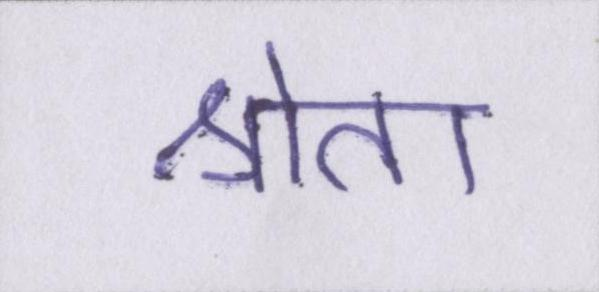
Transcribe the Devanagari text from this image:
श्रोता